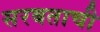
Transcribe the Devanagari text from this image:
सरबताची